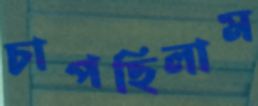
চাপছিলাম